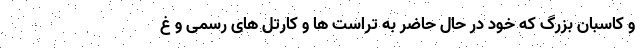
و کاسبان بزرگ که خود در حال حاضر به تراست ها و کارتل های رسمی و غ